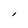
Character: I